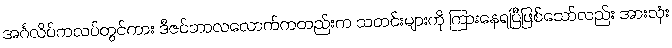
အင်္ဂလိပ်ကလပ်တွင်ကား ဒီဇင်ဘာလလောက်ကတည်းက သတင်းများကို ကြားနေရပြီဖြစ်သော်လည်း အားလုံး